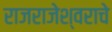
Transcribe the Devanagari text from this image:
राजराजेश्वराचे